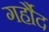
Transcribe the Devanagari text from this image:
गर्हौद